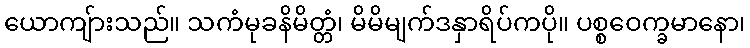
ယောကျ်ားသည်။ သကံမုခနိမိတ္တံ၊ မိမိမျက်ဒနှာရိပ်ကပို။ ပစ္စဝေက္ခမာနော၊